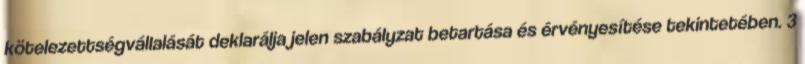
kötelezettségvállalását deklarálja jelen szabályzat betartása és érvényesítése tekintetében. 3